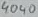
Text: 4040